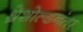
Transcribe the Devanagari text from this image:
थ्रेशोल्डनंतर